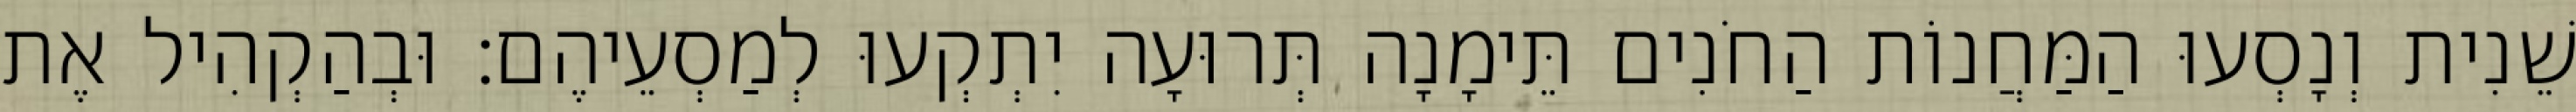
שֵׁנִית וְנָסְעוּ הַמַּחֲנוֹת הַחֹנִים תֵּימָנָה תְּרוּעָה יִתְקְעוּ לְמַסְעֵיהֶם׃ וּבְהַקְהִיל אֶת